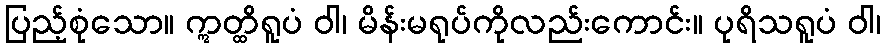
ပြည့်စုံသော။ ဣတ္ထိရူပံ ဝါ၊ မိန်းမရုပ်ကိုလည်းကောင်း။ ပုရိသရူပံ ဝါ၊